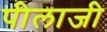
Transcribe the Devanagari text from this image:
पीलाजी